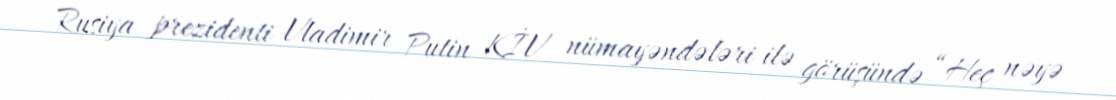
Rusiya prezidenti Vladimir Putin KİV nümayəndələri ilə görüşündə “Heç nəyə